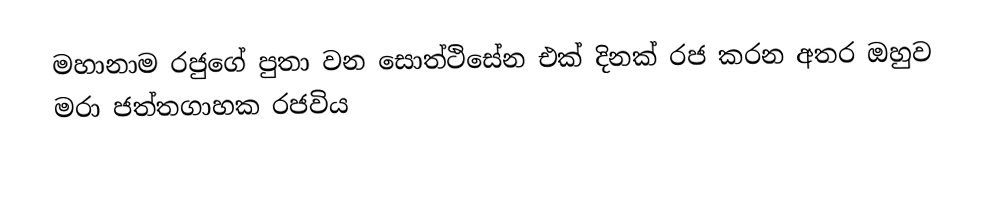
මහානාම රජුගේ පුතා වන සොත්ථිසේන එක් දිනක් රජ කරන අතර ඔහුව මරා ජත්තගාහක රජවිය